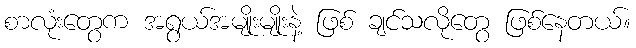
စာလုံးတွေက အရွယ်အမျိုးမျိုးနဲ့ ဖြစ် ချင်သလိုတွေ ဖြစ်နေတယ်။